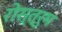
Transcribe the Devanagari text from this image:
रोस्त्रुम